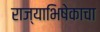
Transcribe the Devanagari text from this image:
राज्याभिषेकाचा